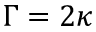
\Gamma = 2 \kappa